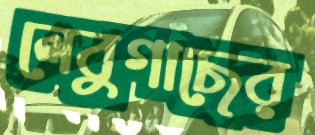
লেবুগাছের